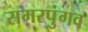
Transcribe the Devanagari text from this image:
समरपुंगव